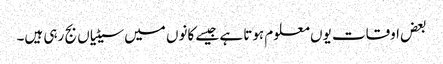
بعض اوقات یوں معلوم ہوتا ہے جیسے کانوں میں سیٹیاں بج رہی ہیں۔